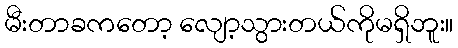
မီးတာခကတော့ လျော့သွားတယ်ကိုမရှိဘူး။